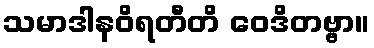
သမာဒါနဝိရတီတိ ဝေဒိတဗ္ဗာ။